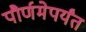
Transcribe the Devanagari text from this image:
पौर्णमेपर्यंत